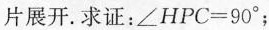
片展开。求证：$$\angle HPC=90^{\circ}$$；